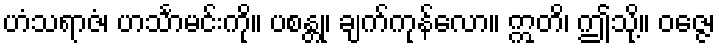
ဟံသရာဇံ၊ ဟင်္သာမင်းကို။ ပစန္တု၊ ချက်ကုန်လော။ ဣတိ၊ ဤသို့။ ဝဇ္ဇေ၊